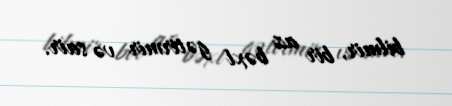
bilmir, bir az bəxt gətirmir və sair.